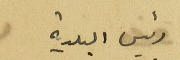
رئيس البلدية